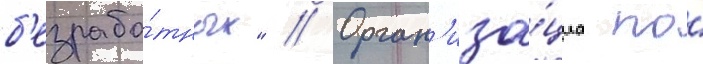
б'езрабо́тных" // Орган'иза́циа по́